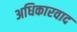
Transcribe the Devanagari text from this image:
अधिकारवाद